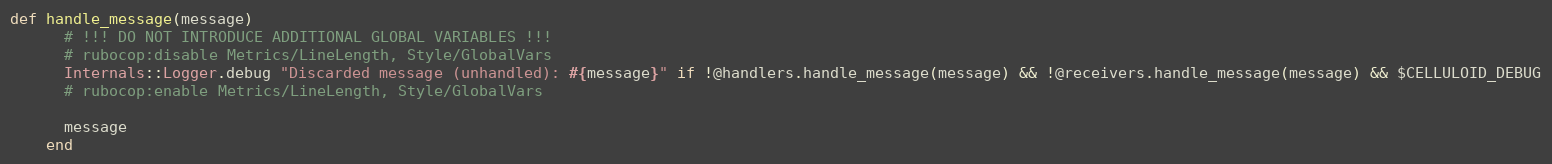
Language: Ruby
def handle_message(message)
      # !!! DO NOT INTRODUCE ADDITIONAL GLOBAL VARIABLES !!!
      # rubocop:disable Metrics/LineLength, Style/GlobalVars
      Internals::Logger.debug "Discarded message (unhandled): #{message}" if !@handlers.handle_message(message) && !@receivers.handle_message(message) && $CELLULOID_DEBUG
      # rubocop:enable Metrics/LineLength, Style/GlobalVars

      message
    end